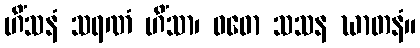
ဟိံသနံ သရဏံ ဟိံသာ၊ ဝဓော သသန ဃာတနံ။